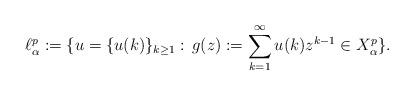
LaTeX: \begin{align*}\ell^p_\alpha :=\{ u=\{u(k)\}_{k\geq1}:\, g(z):=\sum_{k=1}^\infty u(k) z^{k-1} \in X^{p}_\alpha\}.\end{align*}